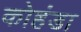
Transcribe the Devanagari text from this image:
कोहंडा